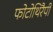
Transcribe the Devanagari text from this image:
फोटोथिरैपी